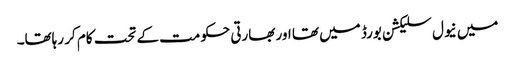
میں نیول سلیکشن بورڈ میں تھا اور بھارتی حکومت کے تحت کام کر رہاتھا۔